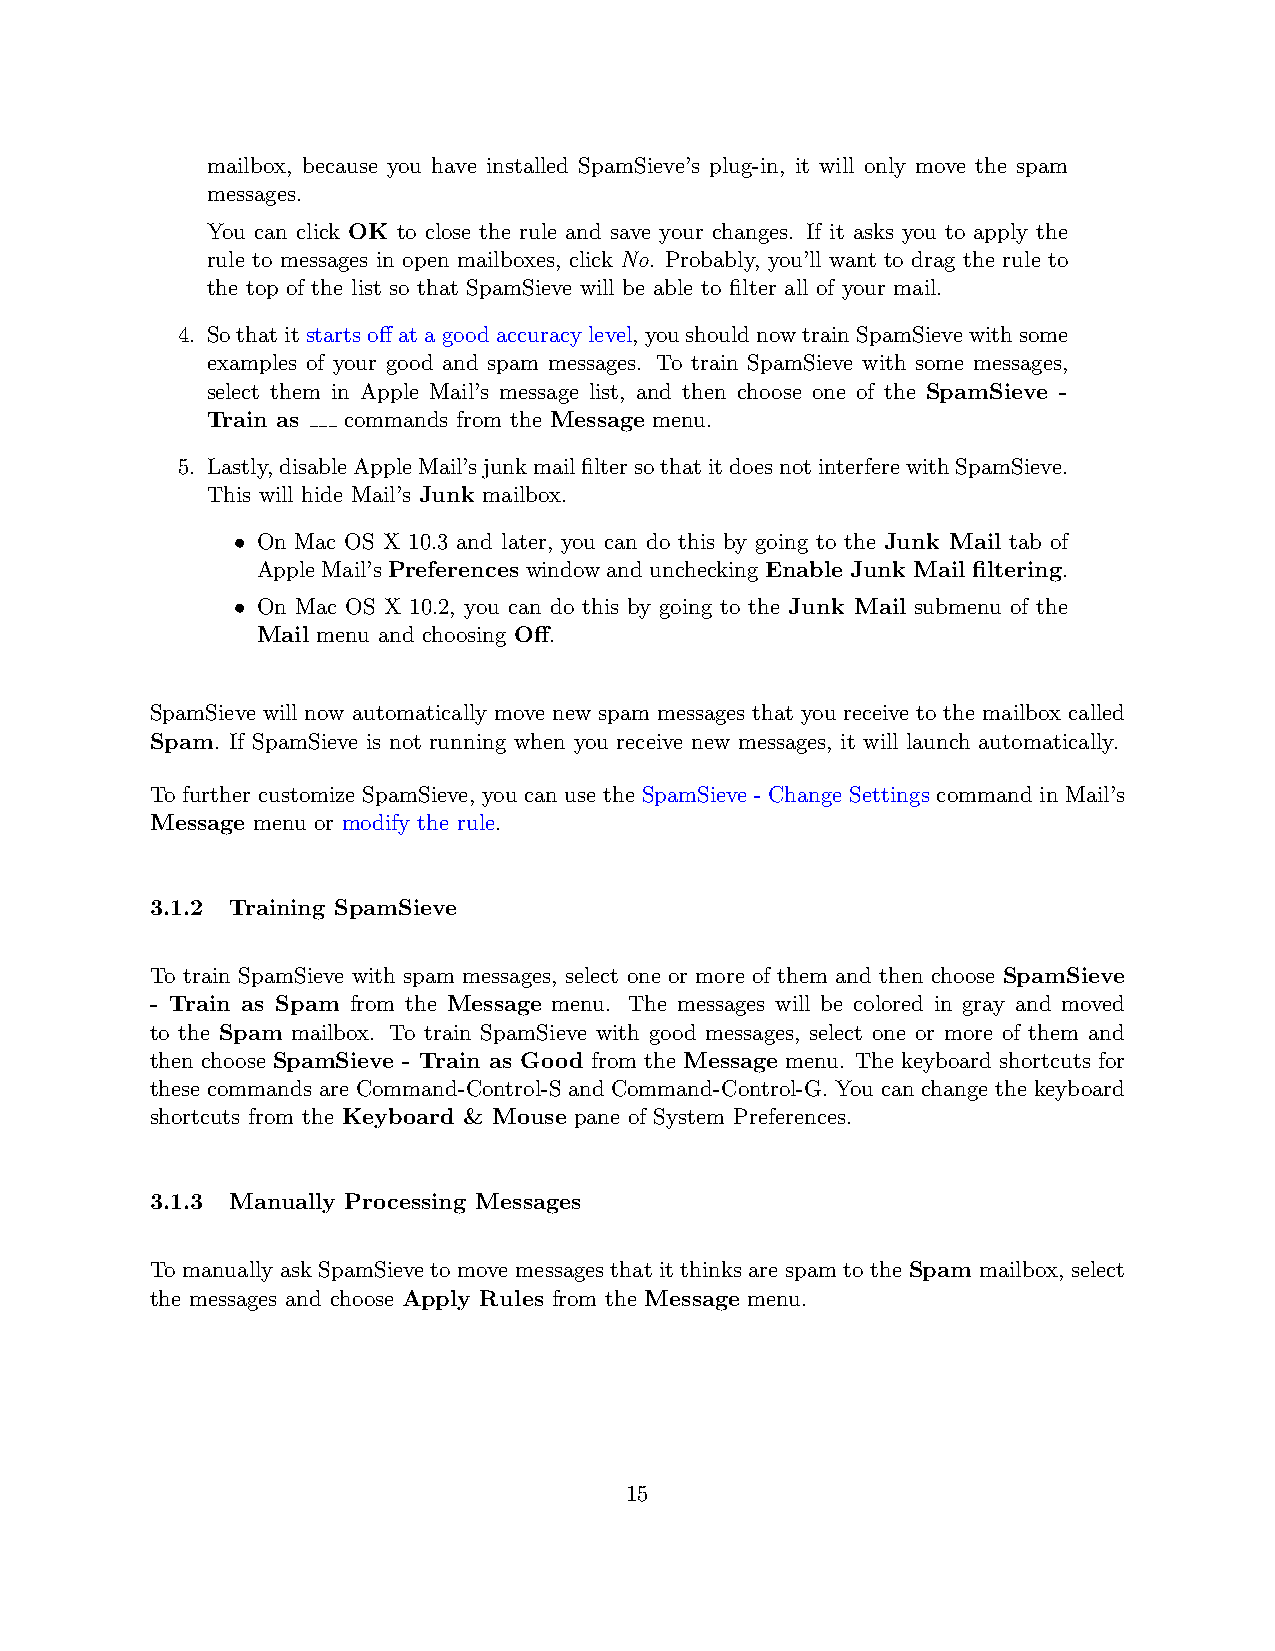
mailbox, because you have installed SpamSieve’s plug-in, it will only move the spam
 messages.
 You can click OK to close the rule and save your changes. If it asks you to apply the
 rule to messages in open mailboxes, click No. Probably, you’ll want to drag the rule to
 the top of the list so that SpamSieve will be able to filter all of your mail.
 4. Sothatitstartsoffatagoodaccuracylevel, youshouldnowtrainSpamSievewithsome
 examples of your good and spam messages. To train SpamSieve with some messages,
 select them in Apple Mail’s message list, and then choose one of the SpamSieve -
 Train as commands from the Message menu.
 5. Lastly,disableAppleMail’sjunkmailfiltersothatitdoesnotinterferewithSpamSieve.
 This will hide Mail’s Junk mailbox.
 • On Mac OS X 10.3 and later, you can do this by going to the Junk Mail tab of
 AppleMail’sPreferenceswindowandunchecking Enable Junk Mail filtering.
 • On Mac OS X 10.2, you can do this by going to the Junk Mail submenu of the
 Mail menu and choosing Off.
 SpamSieve will now automatically move new spam messages that you receive to the mailbox called
 Spam. If SpamSieve is not running when you receive new messages, it will launch automatically.
 To further customize SpamSieve, you can use the SpamSieve - Change Settings command in Mail’s
 Message menu or modify the rule.
 3.1.2 Training SpamSieve
 To train SpamSieve with spam messages, select one or more of them and then choose SpamSieve
 - Train as Spam from the Message menu. The messages will be colored in gray and moved
 to the Spam mailbox. To train SpamSieve with good messages, select one or more of them and
 then choose SpamSieve - Train as Good from the Message menu. The keyboard shortcuts for
 these commands are Command-Control-S and Command-Control-G. You can change the keyboard
 shortcuts from the Keyboard & Mouse pane of System Preferences.
 3.1.3 Manually Processing Messages
 To manually ask SpamSieve to move messages that it thinks are spam to the Spam mailbox, select
 the messages and choose Apply Rules from the Message menu.
 15